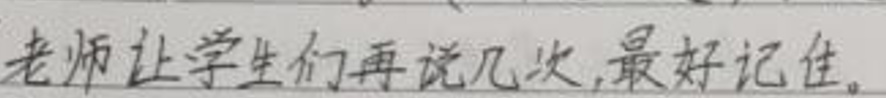
老师让学生们再说几次,最好记住。